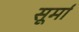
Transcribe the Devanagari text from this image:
सूर्मा